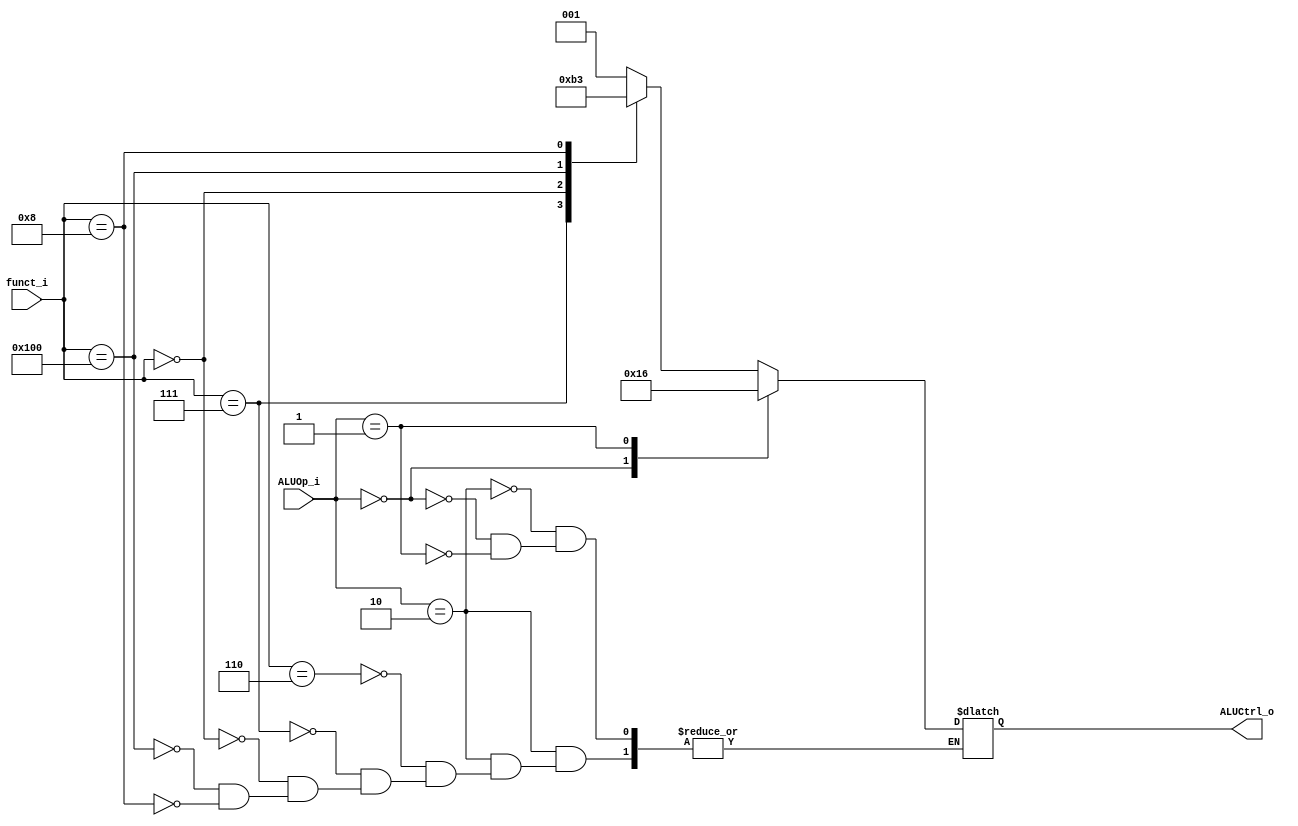
module ALU_Control
(
	funct_i,
    ALUOp_i,
    ALUCtrl_o
);

input  		[1:0] ALUOp_i;
input  		[9:0] funct_i;
output reg  [2:0] ALUCtrl_o;

always@ (*)
begin
	case(ALUOp_i)
		2'b10: 	 	 	 			                //R-format
			case(funct_i)
				10'b0000000110: ALUCtrl_o = 3'b001; //or
				10'b0000000111: ALUCtrl_o = 3'b000; //and
				10'b0000000000: ALUCtrl_o = 3'b010; //add
				10'b0100000000: ALUCtrl_o = 3'b110; //sub
				10'b0000001000: ALUCtrl_o = 3'b011; //mul
			endcase
		2'b00:                                      //I-format 
								ALUCtrl_o = 3'b010; //addi
		2'b01:
								ALUCtrl_o = 3'b110; //branch
	endcase
end

endmodule